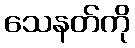
သေနတ်ကို